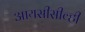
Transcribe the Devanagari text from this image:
आयसीसीव्ही